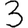
Digit: 3